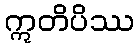
ဣတိပိဿ